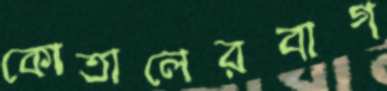
কোতালেরবাগ